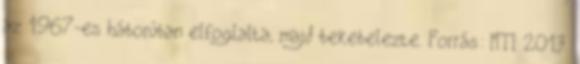
az 1967-es háborúban elfoglalta, majd bekebelezte. Forrás: MTI 2013.